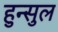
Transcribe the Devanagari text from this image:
हुन्सुल